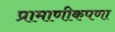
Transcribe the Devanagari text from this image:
प्रामाणीकपणा